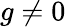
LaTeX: g\neq 0